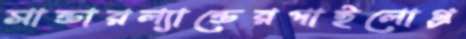
সান্ডারল্যান্ডেরপাইলোগ্র